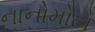
નાનોમોટો